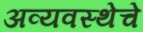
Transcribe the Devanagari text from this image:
अव्यवस्थेचे